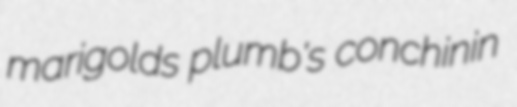
marigolds plumb's conchinin